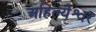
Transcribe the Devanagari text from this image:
अहिल्येश्वर